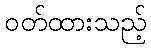
ဝတ်ထားသည့်